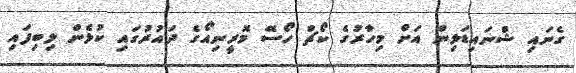
ގެނައި ޝްނައިޑަލިން އަށް މިހާރުގެ ކޯޗް ހޯސޭ މޮރީނިއޯގެ ދައުރުގައި ކުޅެން ލިބިފައި